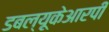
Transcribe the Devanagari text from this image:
डबल्यूकेआरपी